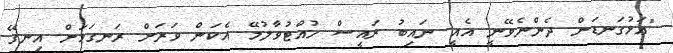
"އަޅުގަނޑަށް ދެންނެވޭނީ އެއީ ނައިބު ރައީސް ހުއްޓުވާލުމޭ އެކަން ވަރަށް ރަނގަޅަށް އިނގޭ